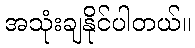
အသုံးချနိုင်ပါတယ်။